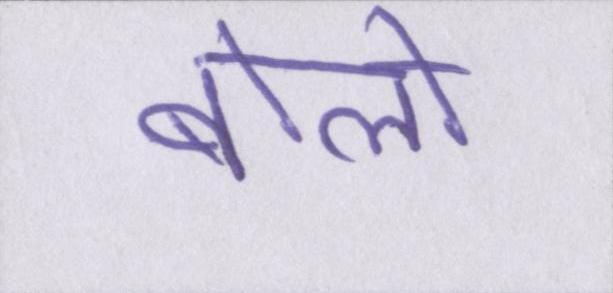
बोलो